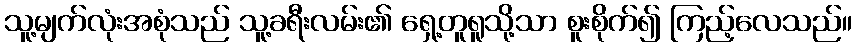
သူ့မျက်လုံးအစုံသည် သူ့ခရီးလမ်း၏ ရှေ့တူရူသို့သာ စူးစိုက်၍ ကြည့်လေသည်။